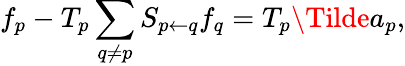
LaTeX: f_{p}-T_{p}\sum_{q\neq p}S_{p\leftarrow q}f_{q}=T_{p}\Tilde{a}_{p},